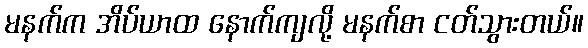
မနက်က အိပ်ယာထ နောက်ကျလို့ မနက်စာ ငတ်သွားတယ်။